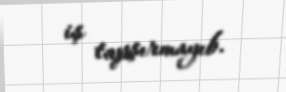
iş tapşırmayıb.